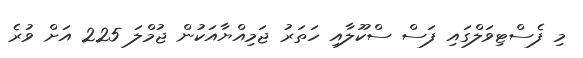
މި ފެސްޓިވަލްގައި ފަސް ސްކޫލާއި ހަތަރު ޖަމިއްޔާއަކުން ޖުމްލަ 225 އަށް ވުރެ